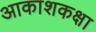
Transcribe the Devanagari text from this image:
आकाशकक्षा